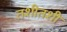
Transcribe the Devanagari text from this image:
तशीतशी